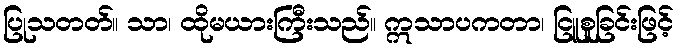
ပြုသတတ်။ သာ၊ ထိုမယားကြီးသည်။ ဣသာပကတာ၊ ငြူစူခြင်းဖြင့်